Vaccination in Bombay 1889-1901 - 1889-1901
Year: 1889
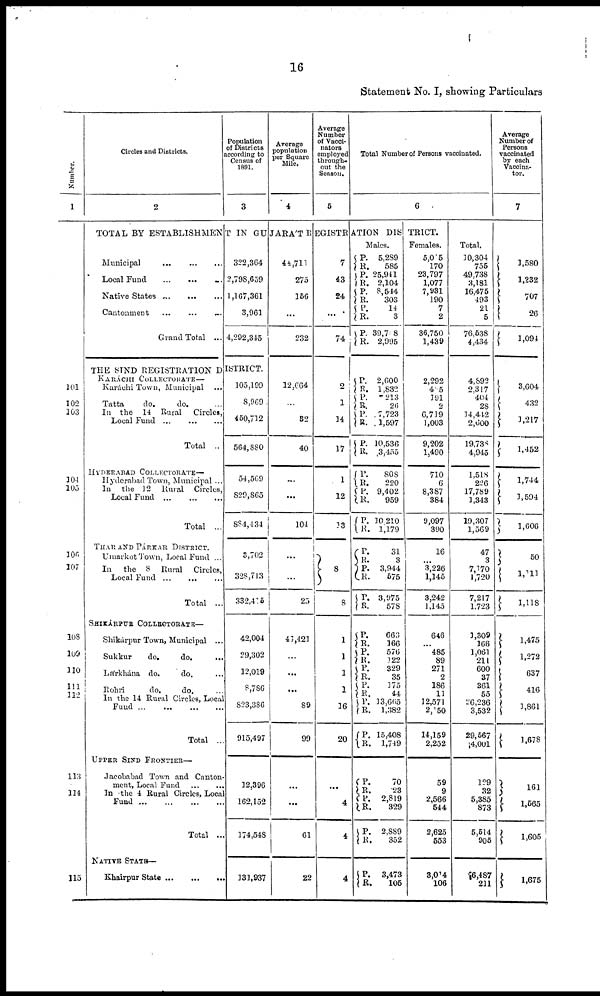
16
Statement No. I, showing Particulars
Number.
1
Circles and Districts.
2
Population
of Districts
according to
Census of
1891.
3
Average
population
per Square
Mile.
4
Average
Number
of Vacci¬
nators
employed
through-
out the
Season.
5
Total Number of Persons vaccinated.
6
TOTAL BY ESTABLISHMENT IN GUJARÁT REGISTRATION
DISTRICT.
Municipal
...
...
...
Local Fund ... ... ...
Native States
...
...
...
Cantonment
...
...
...
Grand Total ...
322,364
2,798,659
1,167,361
3,961
4,292,345
THE SIND REGISTRATION DISTRICT.
101
102
103
104
105
106
107
108
109
110
111
112
113
114
115
KARÁCHI COLLECTORATE—
Karáchi Town, Municipal
...
Tatta
do.
do. ...
In the 14 Rural
Circles,
Local Fund ... ... ...
Total ..
HYDERABAD COLLECTORATE—
Hyderabad Town, Municipal ...
In
the 12 Rural
Circles,
Local Fund
...
...
...
Total ...
THAR AND PÁRKAR DISTRICT
Umarkot Town, Local Fund ...
In
the 8 Rural
Circles,
Local Fund ... ... ...
Total ...
SHIKÁRPUR COLLECTORATE—
Shikárpur Town, Municipal ...
Sukkur
do.
do.
...
Lárkhána do.
do. ...
Rohri
do.
do. ...
In the 14 Rural Circles, Local
Fund
...
...
...
...
Total ...
UPPER SIND FRONTIER—
Jacobabad Town and Canton¬
ment, Local Fund
...
...
In the 4 Rural Circles, Local
Fund
...
...
...
...
Total ...
NATIVE STATE—
Khairpur State
...
...
...
105,199
8,969
450,712
564,880
54,569
829,865
884,434
3,702
328,713
332,415
42,004
29,302
12,019
8,786
823,386
915,497
12,396
162,152
174,548
131,937
44,711
275
156
...
232
12,664
...
32
40
...
...
104
...
...
25
41,421
...
...
...
89
99
...
...
61
22
7
43
24
...
74
2
1
34
17
1
12
13
8
8
1
1
1
1
36
20
...
...
4
4
Males.
P.
R. P.
R.
P.
R. P.
R.
P.
R.
P.
R.
P.
R. P.
R.
P.
R.
P.
R.
P.
R.
P.
R.
P.
R.
P.
R.
P.
R.
P.
R.
P.
R.
P.
R. P.
R.
P.
R.
P.
R.
P.
R.
P.
R.
P.
R.
P.
R.
5,289
585
25,941
2,104
8,544
303
14
3
39,798
2,995
2,600
1,832
213
26
7,723
1,597
10,536
3,455
808
220
9,402
959
30210
1,179
31
3
3,944
575
3,975
578
663
166
576
122
329
35
175
44
13,665
1,382
15,408
1,749
70
23
2,819
329
2,889
352
3,473
105
Females.
5,015
170
23,797
1,077
7,931
190
7
2
36,750
1,439
2,292
485
191
2
6,719
1,003
9,202
1,490
710
6
8,387
384
9,097
390
16
...
3,226
1,145
3,242
1,145
646
...
485
89
271
2
186
11
12,571
2,150
14,159
2,252
59
9
2,566
544
2,625
553
3,014
106
Total.
10,304
755
49,738
3,181
16,475
493
21
5
76,538
4,434
4,892
2,317
404
28
14,442
2,600
19,738
4,945
1,518
226
17,789
1,343
19,307
1,569
47
3
7,170
1,720
7,217
1,723
1,309
166
3,061
211
600
37
361
55
26,236
3,532
29,567
4,001
129
32
5,385
873
5,514
905
6,487
211
Average
Number of
Persons
vaccinated
by each
Vaccina¬
tor.
7
1,580
1,232
707
26
1,094
3,604
432
1,217
1,452
1,744
1,594
1,606
50
1,111
1,118
1,475
1,272
637
416
3,861
1,678
161
1,565
1,605
1,675